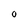
Character: 0